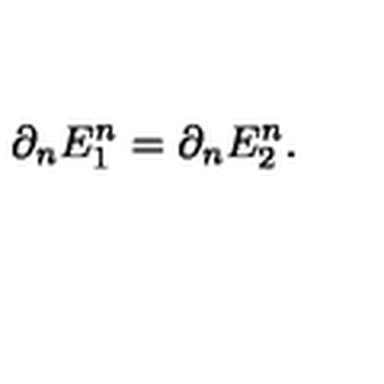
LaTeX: \partial _ { n } E _ { 1 } ^ { n } = \partial _ { n } E _ { 2 } ^ { n } .